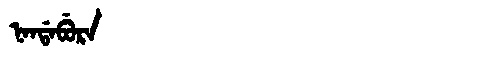
Manchu: ᠨᠠᠨᡩᠠᠪᡠᡵᠠ
Romanization: NANDABURA